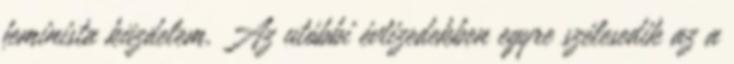
feminista küzdelem. Az utóbbi évtizedekben egyre szélesedik az a